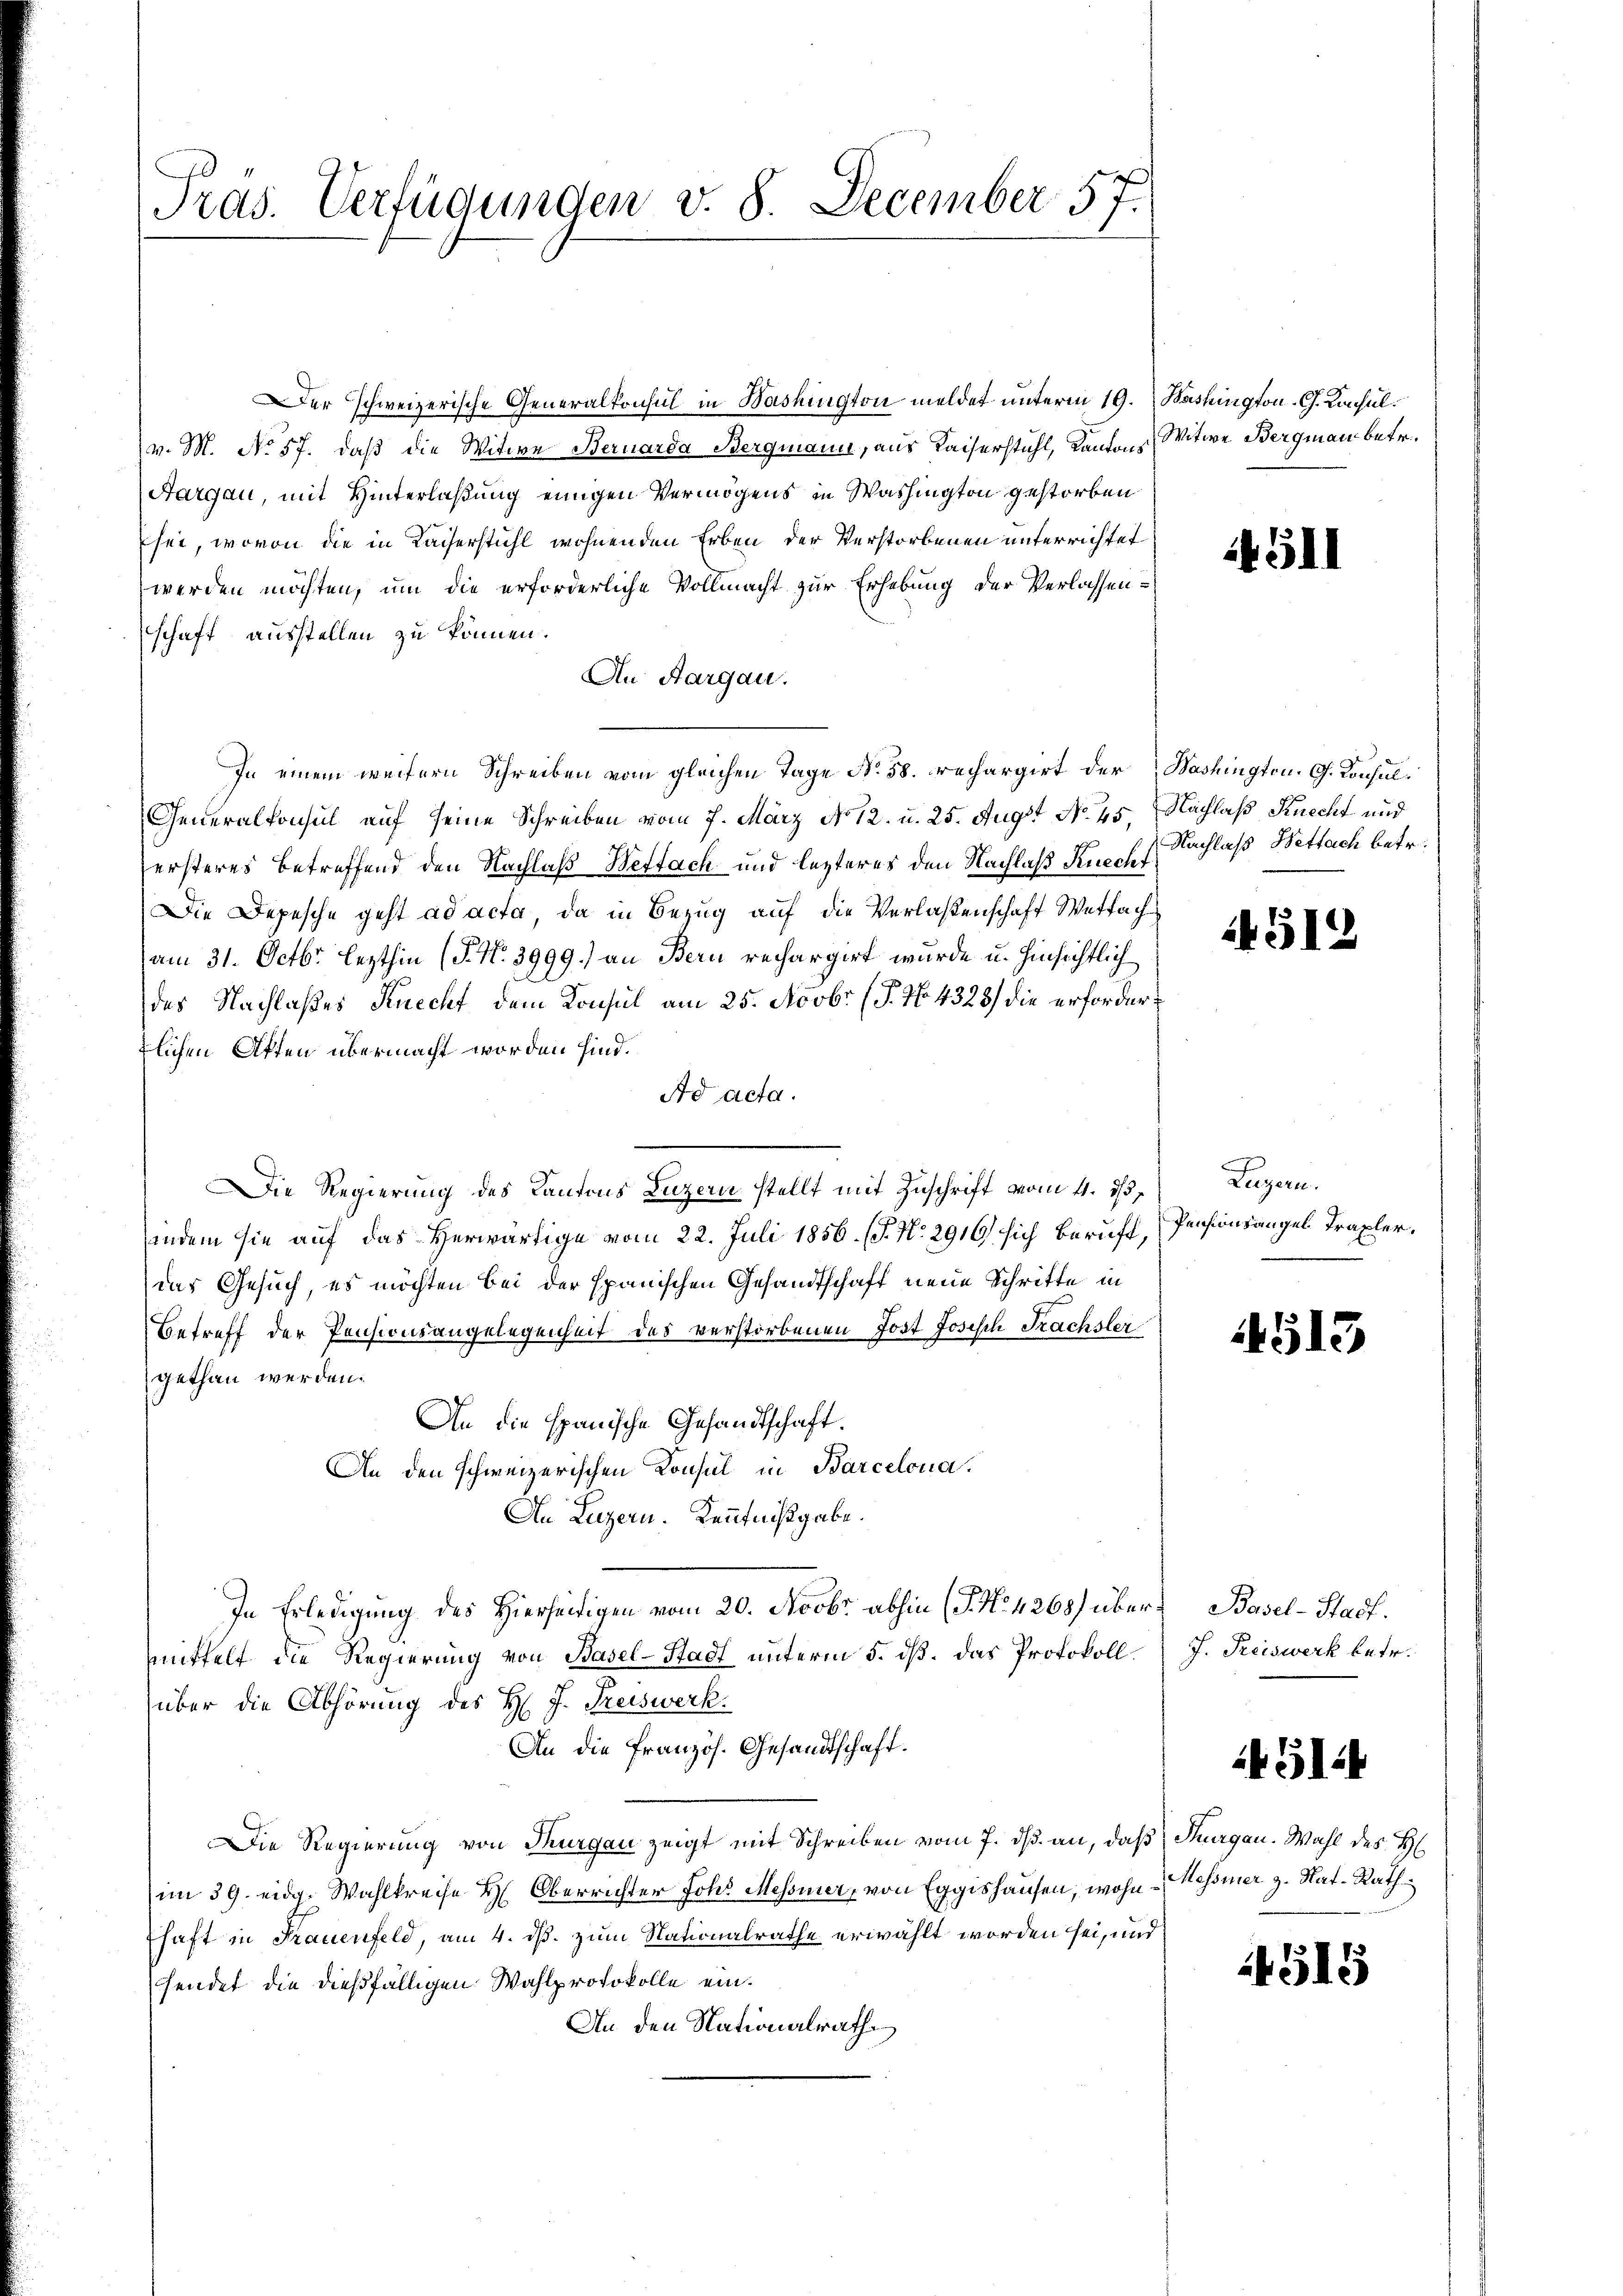
Präs. Verfügungen v. 8. December 57.

Der Schweizerische Generalkonsul in Washington meldet unterm 19. Washington-C. Konsul
v. M. No. 57. daß die Witwe Bernarda Bergmann, aus Kaiserstuhl, Kantons Witwe Bergmann betr.
Aargau, mit Hinterlaßung einigen Vermögens in Washington gestorben
sei, wovon die in Kaiserstuhl wohnenden Erben der Verstorbenen unterrichtet
werden möchten, um die erforderliche Vollmacht zur Erhebung der Verlassen-
schaft ausstellen zu können.
An Aargau.
In einem weitern Schreiben vom gleichen Tage No. 58. rechargirt der Washington. G. Konsul
Generalkonsul auf seine Schreiben vom 7. März No 12. u. 25. Augst No. 45. Nachlaß Knecht und
ersteres betreffend den Nachlaß Wettach und lezteres den Nachlaß Knechf
Die Depesche geht ad acta, da in Bezug auf die Verlaßenschaft Wetfach
am 31. Octbr. lezthin (§. No 3999.) an Bern rechargirt wurde u. hinsichtlich
des Nachlaßes Knecht dem Konsul am 25. Novbr. (T. N. 4323) die erfordertlichen Atten übermacht worden sind.
Ad acta.
Die Regierung des Kantons Luzern stellt mit Zuschrift vom 4. 15.
indem sie auf das Herwärtige vom 22. Juli 1856. (T. No. 2916) sich beruft,
das Gesuch, es möchten bei der spanischen Gesandtschaft neue Schritte in
Betreff der Pensionsangelegenheit des verstorbenen Jost Josisch Frachsler
gethan werden.
An die spanische Gesandtschaft.
An den schweizerischen Konsul in Barcelona.
An Luzern. Kenntnißgabe.
In Erledigung des Hierseitigen vom 20. Novbr. abhin (P No. 4268) übermmittelt die Regierung von Basel-Stadt unterm 5. ds. das Protokoll.
über die Abhörung des H. J. Treiswerk.
An die Französ. Gesandtschaft.
Die Regierung von Thurgau zeigt mit Schreiben vom 7. ds. an, daß
im 39. eidg. Wahlkreise H. Oberrichter Joh. Messner, von Eggishausen, wohne Messner z. Rat-Rath
haft in Frauenfeld, am 4. ds. zum Nationalrathe erwählt worden sei, und
fendet die dießfälligen Wahlprotokolle ein.
An den Nationalrath

14511

Nachlaß Bettach betr.

4512

Luzern.
Pensionsangel Trapler.

4513

Basel-Stadt.
J. Preiswerk betr.

51

Thurgau. Wahl des H

4515